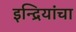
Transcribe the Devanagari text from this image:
इन्द्रियांचा